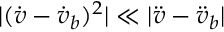
| ( \dot { v } - \dot { v } _ { b } ) ^ { 2 } | \ll | \ddot { v } - \ddot { v } _ { b } |